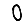
Digit: 0